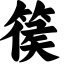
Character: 篌